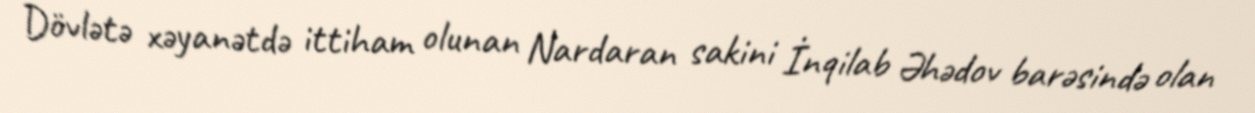
Dövlətə xəyanətdə ittiham olunan Nardaran sakini İnqilab Əhədov barəsində olan